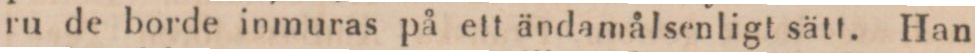
ru de borde inmuras på ett ändamålsenligt sätt. Han